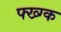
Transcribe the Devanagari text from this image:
फ्ख्ग्क